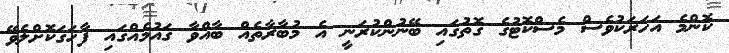
ކޮންމެ އަހަރަކުވެސް މެސްކޮޓުގެ ގޮތުގައި ބޭނުންކުރަނީ އެ މުބާރާތެއް ބާއްވާ ގައުމެއްގައި ފާހަގަކޮށްލެވޭ